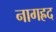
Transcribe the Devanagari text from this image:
नागह्रद